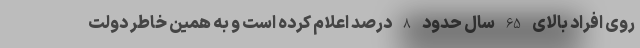
روی افراد بالای 65 سال حدود 8 درصد اعلام کرده است و به همین خاطر دولت